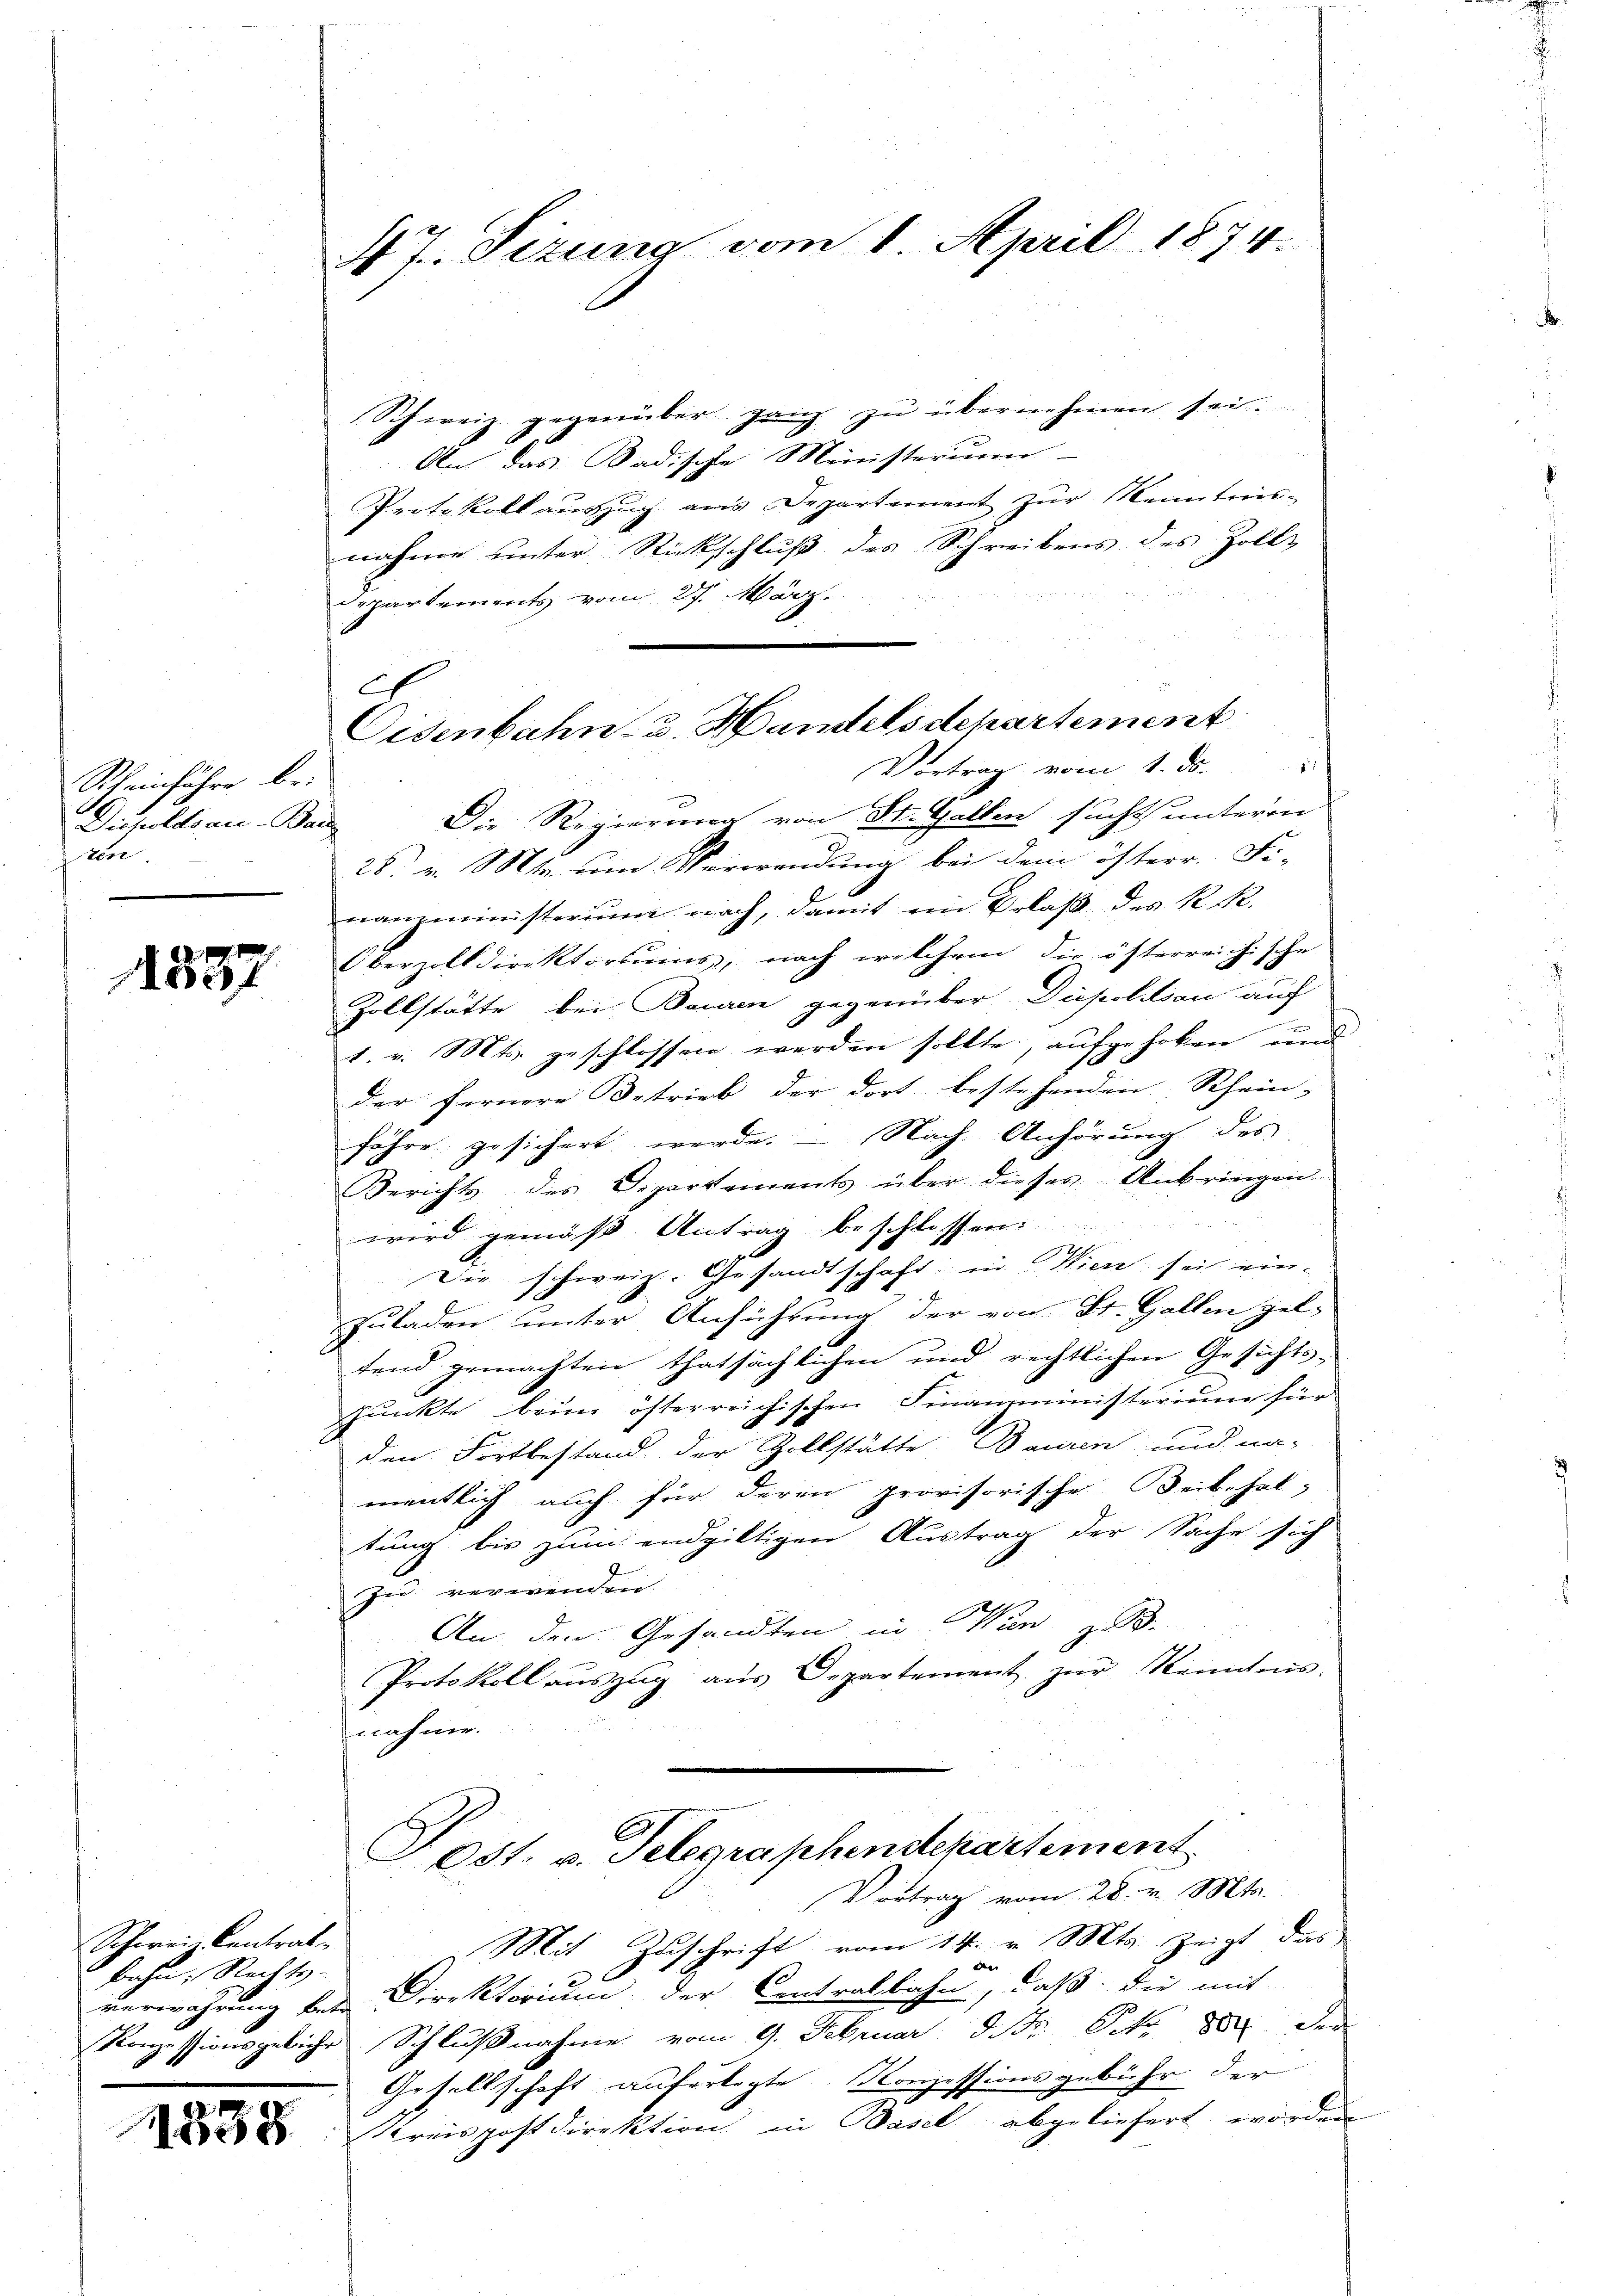
Rheinführe bei
Dippoldsau-Bau
sten.

1357

Schwein Centrat
bahn, Rechts-

1538

47. Sizung vom 1. April 1874.

Schweiz gegenüber ganz zŭ übernehmen sei.
An das Badische Ministerium
Protokoll aŭszŭg ans Departement zŭr Kenntnis-
nahme unter Rückschluß des Schreibens des Zoll-
Departements vom 27. März.
Die Regierung von St. Gallen sucht untere
28. v. Mts. um Verwendung bei dem österr. Fi-
nanzministerium nach, damit im Erlaß des R. R.
Oberzolldirektoriums, nach welchem die österreichische
Zollstätte, bei Bauren gegenüber Diepolitian auf
1. v. Mts. geschlossen werden sollte, aufgehoben und
der fernere Betrieb der dort bestehenden Rhein-
fähre gesichert werde. - Nach Anhörung des
Berichts des Departements über dieses Anbringen
wird gemäß Antrag beschlossen.
Die schweiz. Gesandtschaft in Wien sich ein-
J
zuladen unter Anführung der von St. Gallen gel-
tend gemachten thatsächlichen und rechtlichen Gesichts-
punkte beim österreichischen Finanzministerium für
den Fortbestand der Zollstätte: Bauren und na-
mentlich auch für deren provisorische Beibehal-
tung bis zum endgültigen Austrag der Sache sich
zu verwenden
An den Gesandten in Wien z. B.
Protokoll aŭszŭg aŭs Departement zŭr Kenntens.
nahme.
Sost. v. Telegraphendepartement
Vortrag vom 28. v. Mts.
Mit Zuschrift vom 14. v. Mts. zeigt das
verwahrung bei Direktorium der Centralbahn, daß die mit
Konzessionsgeliche Schlußnahme vom 9. Februar d. Mtr. Oct. 1882 der
Gesellschaft auferlegte. Konzessionsgebühr der
Kreispostdirektion in Basel abgeliefert worden

C
Eisenbahn- u. Handelsdepartement
Vortrag vom 1. ds.